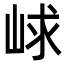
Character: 㟈